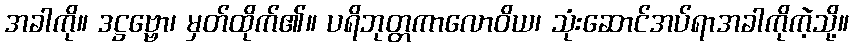
အခါကို။ ဒဋ္ဌဗ္ဗော၊ မှတ်ထိုက်၏။ ပရိဘုတ္တကာလောဝိယ၊ သုံးဆောင်အပ်ရာအခါကိုကဲ့သို့။